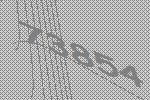
73854